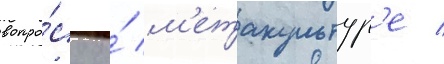
вопро́су о́ м'етакультур'е /